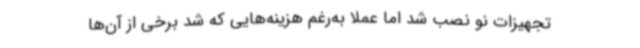
تجهیزات نو نصب شد اما عملاً به‌رغم هزینه‌هایی که شد برخی از آن‌ها